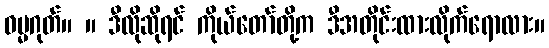
ဓမ္မဂုတ်။ ။ ဒီလိုဆိုရင် ကိုယ်တော်တို့က ဒီအတိုင်းထားလိုက်ရောလား။